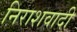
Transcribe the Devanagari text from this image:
निराशवादी